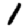
Digit: 1